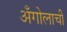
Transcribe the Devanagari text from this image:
अँगोलाची